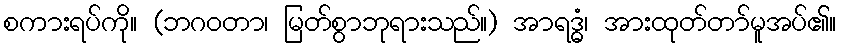
စကားရပ်ကို။ (ဘဂဝတာ၊ မြတ်စွာဘုရားသည်။) အာရဒ္ဓံ၊ အားထုတ်တာ်မူအပ်၏။